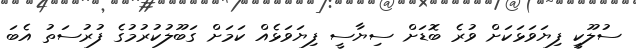
ސުލޫކީ ފިޔަވަޅަކަށް ވުރެ ބޮޑަށް ސިޔާސީ ފިޔަވަޅެއް ކަމަށް ގަބޫލުކުރުމުގެ ފުރުސަތު އެބަ